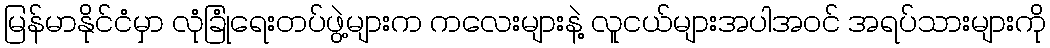
မြန်မာနိုင်ငံမှာ လုံခြုံရေးတပ်ဖွဲ့များက ကလေးများနဲ့ လူငယ်များအပါအဝင် အရပ်သားများကို